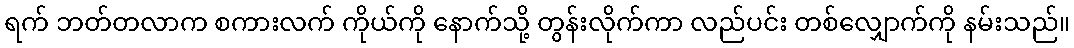
ရက် ဘတ်တလာက စကားလက် ကိုယ်ကို နောက်သို့ တွန်းလိုက်ကာ လည်ပင်း တစ်လျှောက်ကို နမ်းသည်။